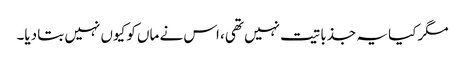
مگر کیا یہ جذباتیت نہیں تھی، اس نے ماں کو کیوں نہیں بتا دیا۔